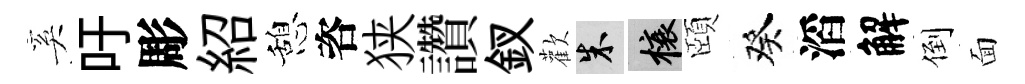
奚吁彫紹憩咨狭讚釵歡朱榱頤癸滔解倒面